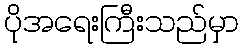
ပိုအရေးကြီးသည်မှာ